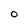
Character: 0